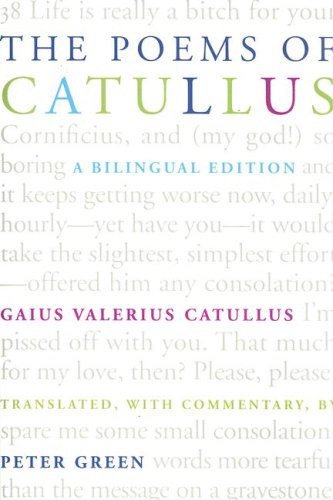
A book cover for The Poems of Catullus: A Bilingual Edition; Gaius Valerius Catullus; Literature & Fiction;